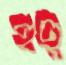
হুহ্